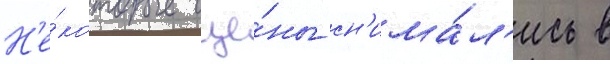
Н'е́которые сце́ны сн'има́л'ись в